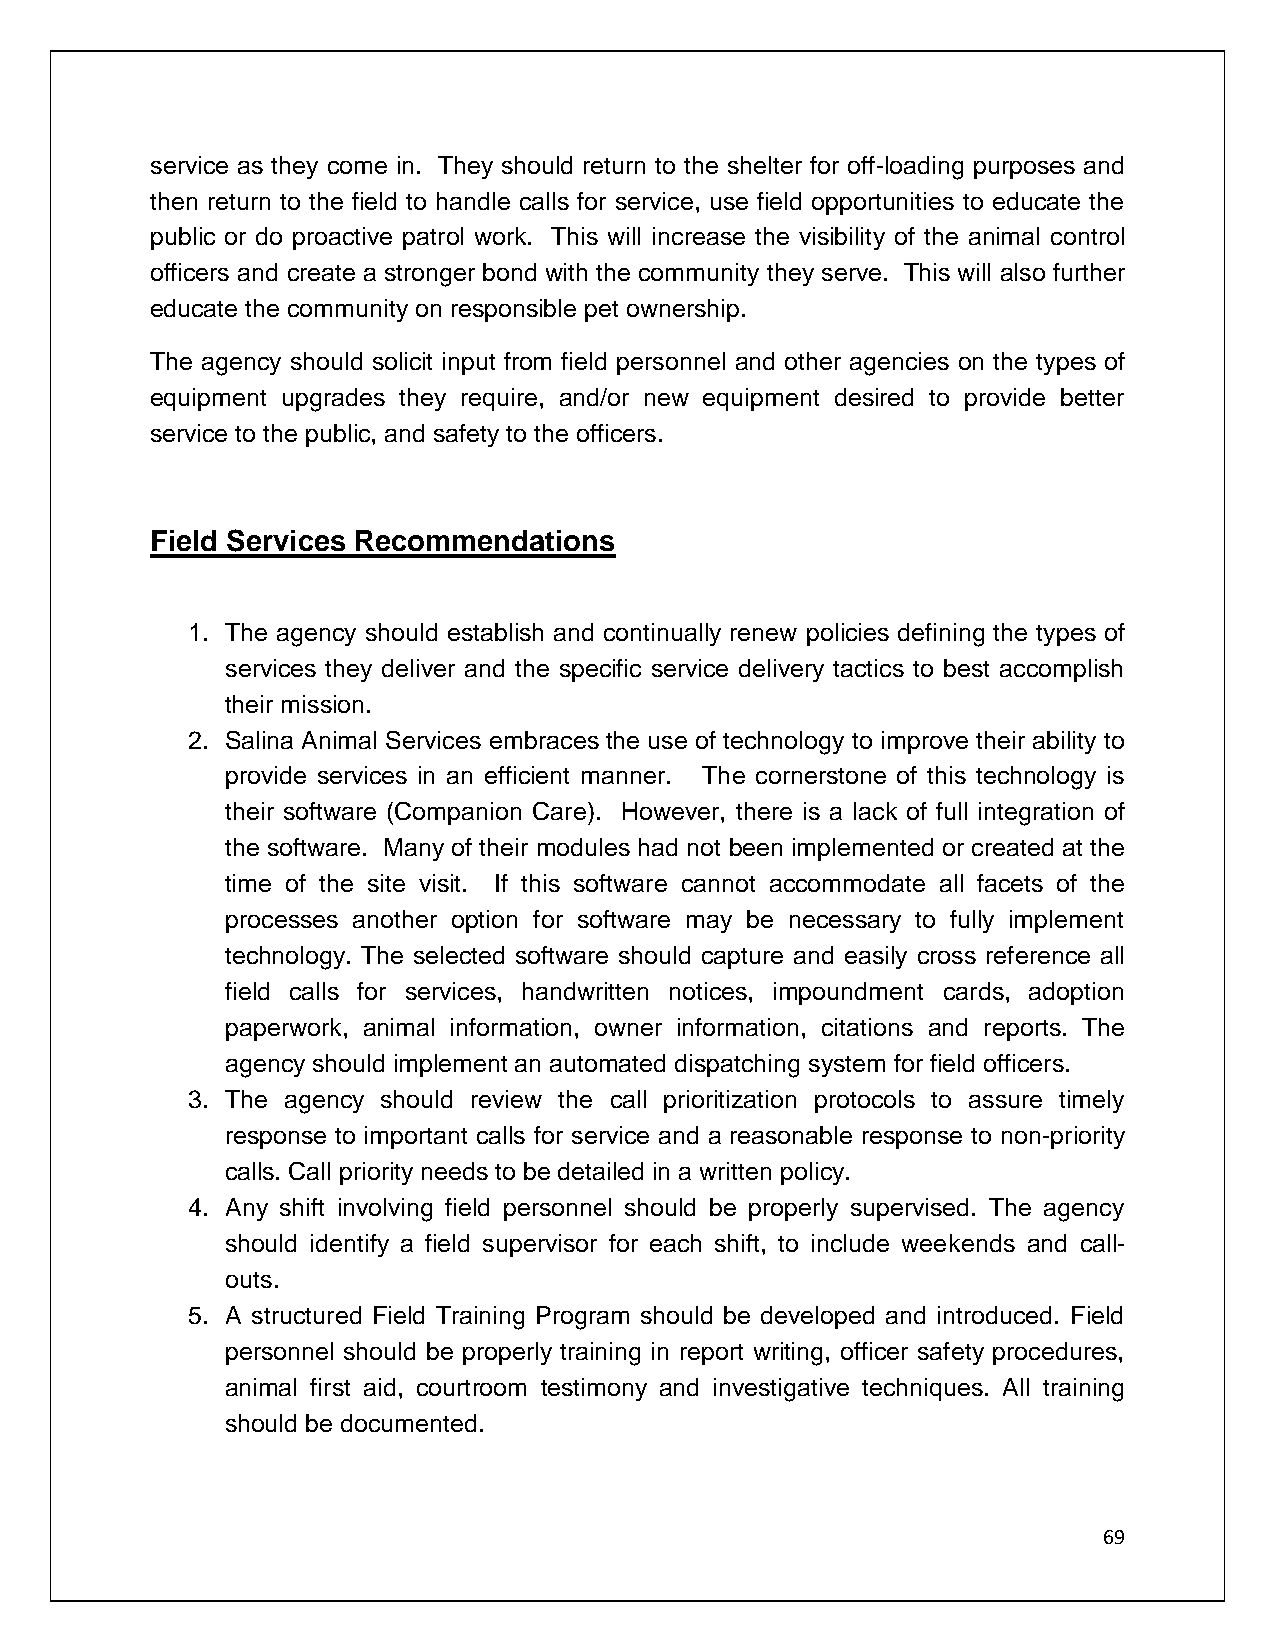
service as they come in. They should return to the shelter for off-loading purposes and
 then return to the field to handle calls for service, use field opportunities to educate the
 public or do proactive patrol work. This will increase the visibility of the animal control
 officers and create a stronger bond with the community they serve. This will also further
 educate the community on responsible pet ownership.
 The agency should solicit input from field personnel and other agencies on the types of
 equipment upgrades they require, and/or new equipment desired to provide better
 service to the public, and safety to the officers.
 Field Services Recommendations
 1. The agency should establish and continually renew policies defining the types of
 services they deliver and the specific service delivery tactics to best accomplish
 their mission.
 2. Salina Animal Services embraces the use of technology to improve their ability to
 provide services in an efficient manner. The cornerstone of this technology is
 their software (Companion Care). However, there is a lack of full integration of
 the software. Many of their modules had not been implemented or created at the
 time of the site visit. If this software cannot accommodate all facets of the
 processes another option for software may be necessary to fully implement
 technology. The selected software should capture and easily cross reference all
 field calls for services, handwritten notices, impoundment cards, adoption
 paperwork, animal information, owner information, citations and reports. The
 agency should implement an automated dispatching system for field officers.
 3. The agency should review the call prioritization protocols to assure timely
 response to important calls for service and a reasonable response to non-priority
 calls. Call priority needs to be detailed in a written policy.
 4. Any shift involving field personnel should be properly supervised. The agency
 should identify a field supervisor for each shift, to include weekends and call-
 outs.
 5. A structured Field Training Program should be developed and introduced. Field
 personnel should be properly training in report writing, officer safety procedures,
 animal first aid, courtroom testimony and investigative techniques. All training
 should be documented.
 69